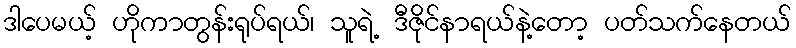
ဒါပေမယ့် ဟိုကာတွန်းရုပ်ရယ်၊ သူရဲ့ ဒီဇိုင်နာရယ်နဲ့တော့ ပတ်သက်နေတယ်